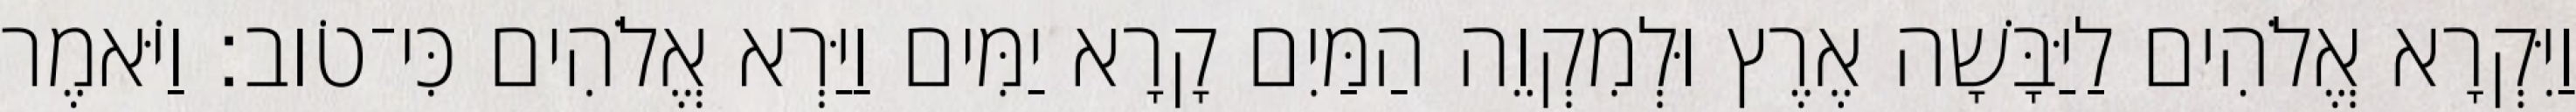
וַיִּקְרָא אֱלֹהִים לַיַּבָּשָׁה אֶרֶץ וּלְמִקְוֵה הַמַּיִם קָרָא יַמִּים וַיַּרְא אֱלֹהִים כִּי־טֹוב׃ וַיֹּאמֶר